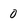
Character: 0